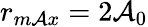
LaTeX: r_{m\mathcal{A}x}=2\mathcal{A}_{0}